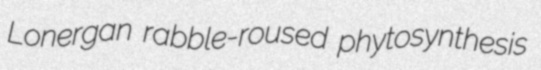
Lonergan rabble-roused phytosynthesis